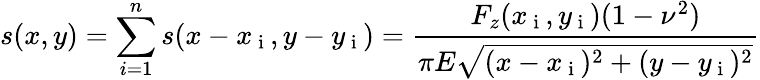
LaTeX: s(x,y)=\sum_{i=1}^{n}s(x-x_{\mathrm{~i~}},y-y_{\mathrm{~i~}})=\frac{F_{z}(x_{\mathrm{~i~}},y_{\mathrm{~i~}})(1-\nu^{2})}{\pi E\sqrt{(x-x_{\mathrm{~i~}})^{2}+(y-y_{\mathrm{~i~}})^{2}}}